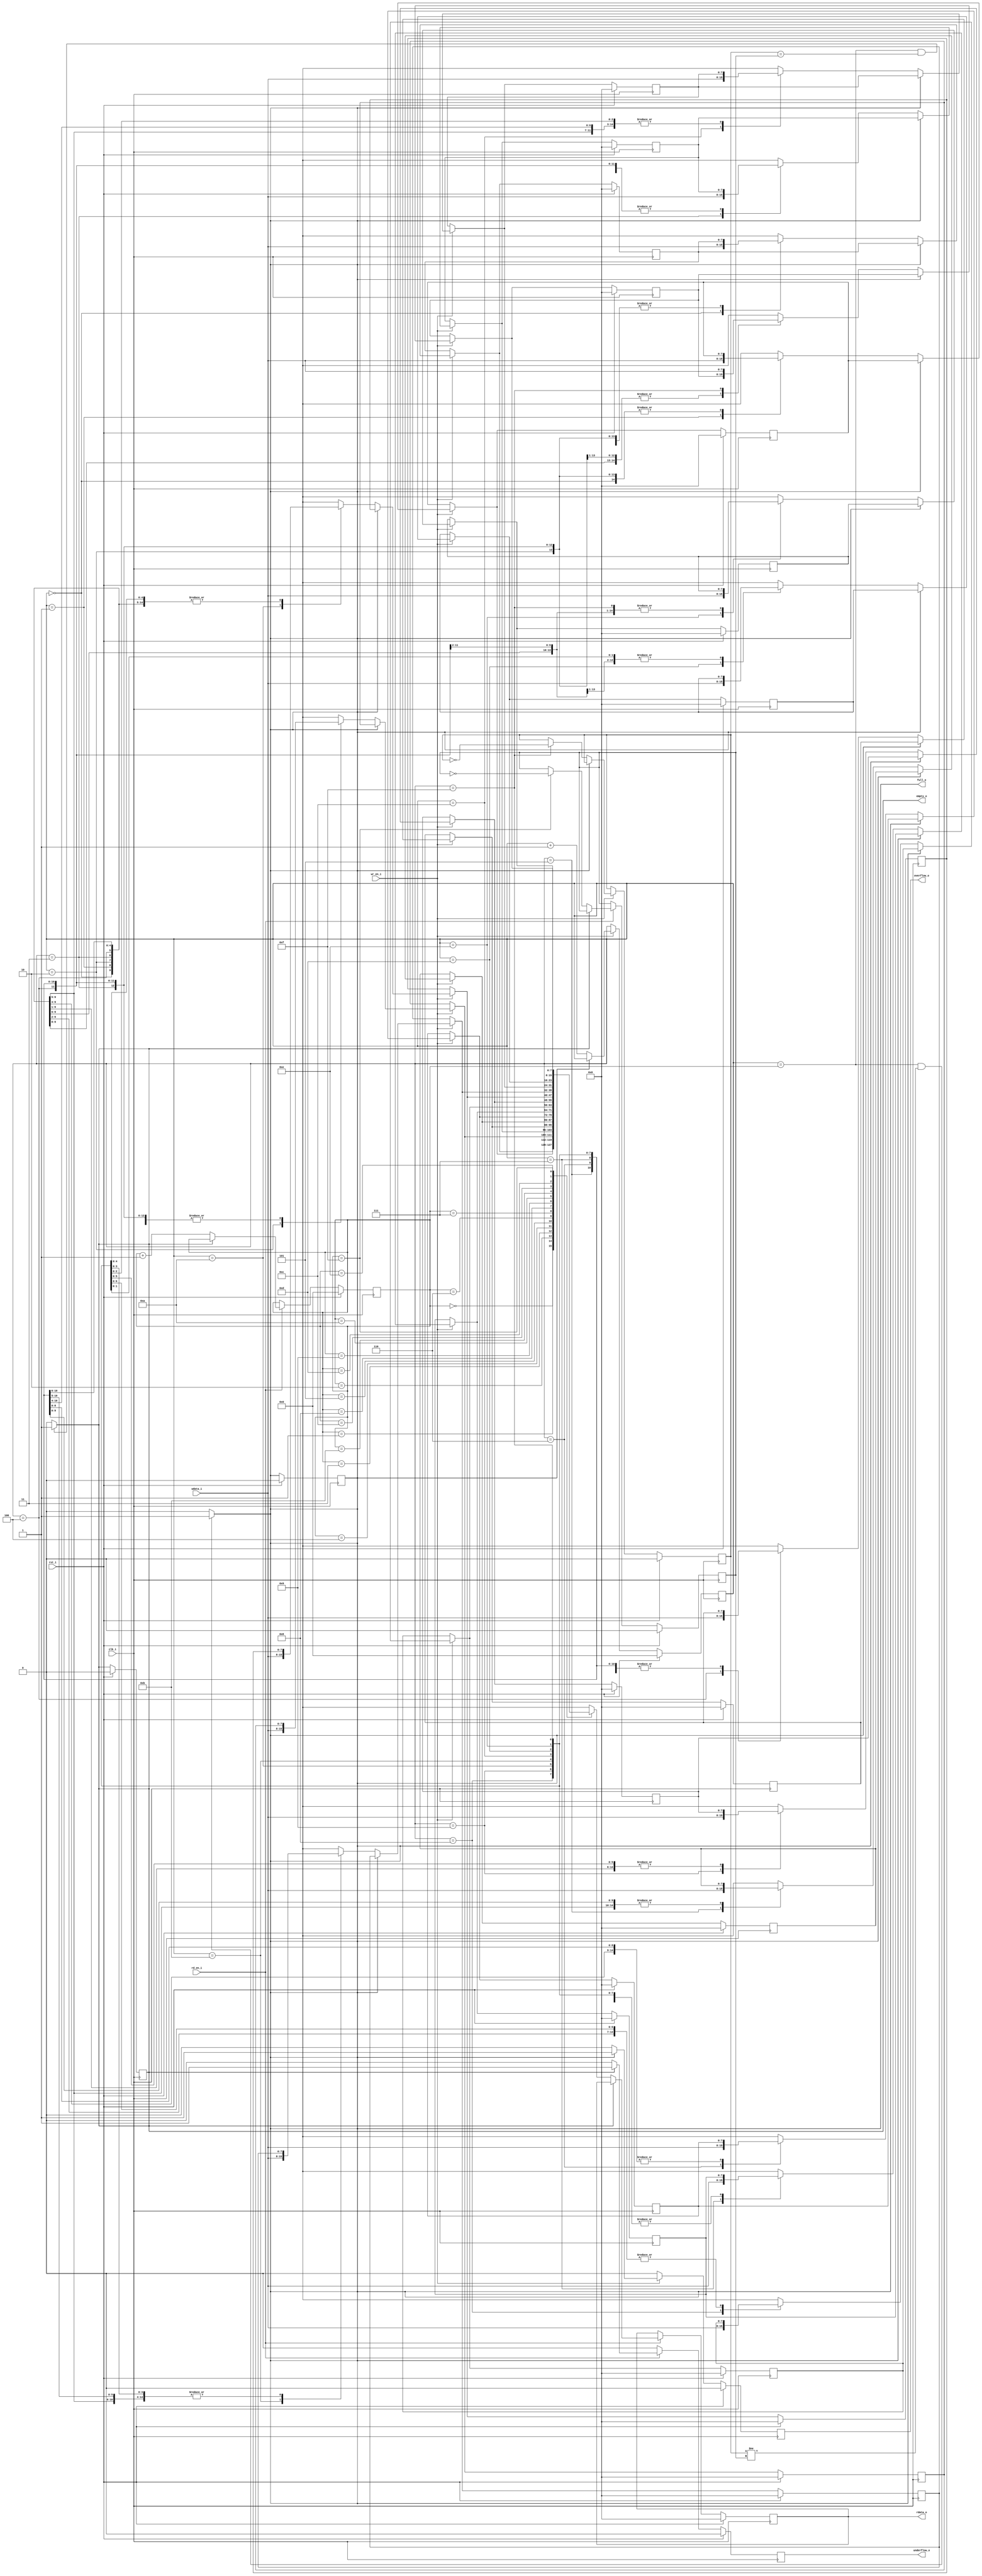
module fifo(clk_i,rst_i,wdata_i,rdata_o,full_o,empty_o,wr_en_i,rd_en_i,underflow_o,overflow_o);
parameter DEPTH=16;
parameter WIDTH=8;
parameter PTR_WIDTH=$clog2(DEPTH);
input clk_i,rst_i,wr_en_i,rd_en_i;
input [WIDTH-1:0]wdata_i;
output reg full_o,empty_o,underflow_o,overflow_o;
output reg [WIDTH-1:0]rdata_o;
reg wr_toggle_f,rd_toggle_f;
reg [PTR_WIDTH-1:0]wr_ptr,rd_ptr;
reg [WIDTH-1:0]mem[DEPTH-1:0];
integer i;

always@(posedge clk_i)begin
	if(rst_i)begin
		full_o=0;
		empty_o=0;
		rdata_o=0;
		overflow_o=0;
		underflow_o=0;
		wr_toggle_f=0;
		rd_toggle_f=0;
		wr_ptr=0;
		rd_ptr=0;
		for(i=0;i<DEPTH;i=i+1) 
			mem[i]=0;
	end
	else begin
		overflow_o=0;
		underflow_o=0;

		if(wr_en_i)begin
			if(full_o) overflow_o=1;
			else begin
				mem[wr_ptr] = wdata_i;
				if(wr_ptr == DEPTH-1)
					wr_toggle_f = ~wr_toggle_f;
				wr_ptr = wr_ptr + 1;
			end
		end
		if(rd_en_i)begin
			if(empty_o) underflow_o=1;
			else begin
					rdata_o = mem[rd_ptr];
					if(rd_ptr == DEPTH-1) rd_toggle_f=~rd_toggle_f;
					rd_ptr = rd_ptr+1;
			end
		end
	end
end
always@(*)begin
	empty_o=0;
	full_o=0;
	if((wr_ptr==rd_ptr)&&(wr_toggle_f!=rd_toggle_f)) 
		full_o=1;
	if((wr_ptr==rd_ptr)&&(wr_toggle_f==rd_toggle_f)) 
		empty_o=1;
end
endmodule